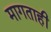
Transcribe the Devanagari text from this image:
मागताही